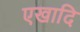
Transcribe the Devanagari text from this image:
एखादि